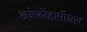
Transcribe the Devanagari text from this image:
अनेकोंहार्मोनल